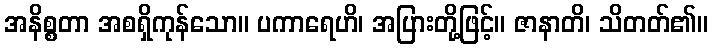
အနိစ္စတာ အစရှိကုန်သော။ ပကာရေဟိ၊ အပြားတို့ဖြင့်။ ဇာနာတိ၊ သိတတ်၏။